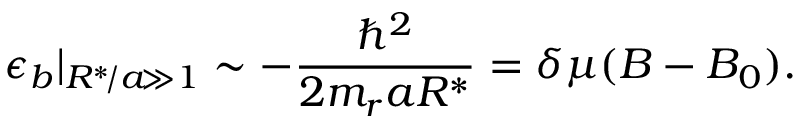
\epsilon _ { b } | _ { R ^ { * } \! / a \! \gg 1 } \sim - \frac { \hbar ^ { 2 } } { 2 m _ { r } a R ^ { * } } = \delta \mu ( B - B _ { 0 } ) .